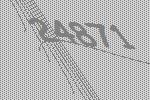
24871